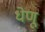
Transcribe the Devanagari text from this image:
धेणू